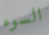
السوء